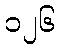
၁၂၆